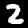
Digit: 2